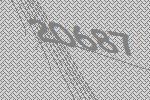
20687